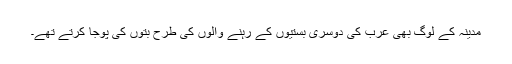
مدینہ کے لوگ بھی عرب کی دوسری بستیوں کے رہنے والوں کی طرح بتوں کی پوجا کرتے تھے۔